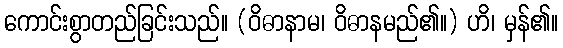
ကောင်းစွာတည်ခြင်းသည်။ (ဝိဓာနာမ၊ ဝိဓာနမည်၏။) ဟိ၊ မှန်၏။